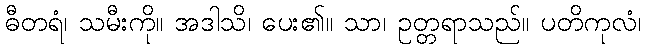
ဓီတရံ၊ သမီးကို။ အဒါသိ၊ ပေး၏။ သာ၊ ဥတ္တရာသည်။ ပတိကုလံ၊